Annual administration report of the Civil Veterinary Department of India - 1895-1896
Year: 1895
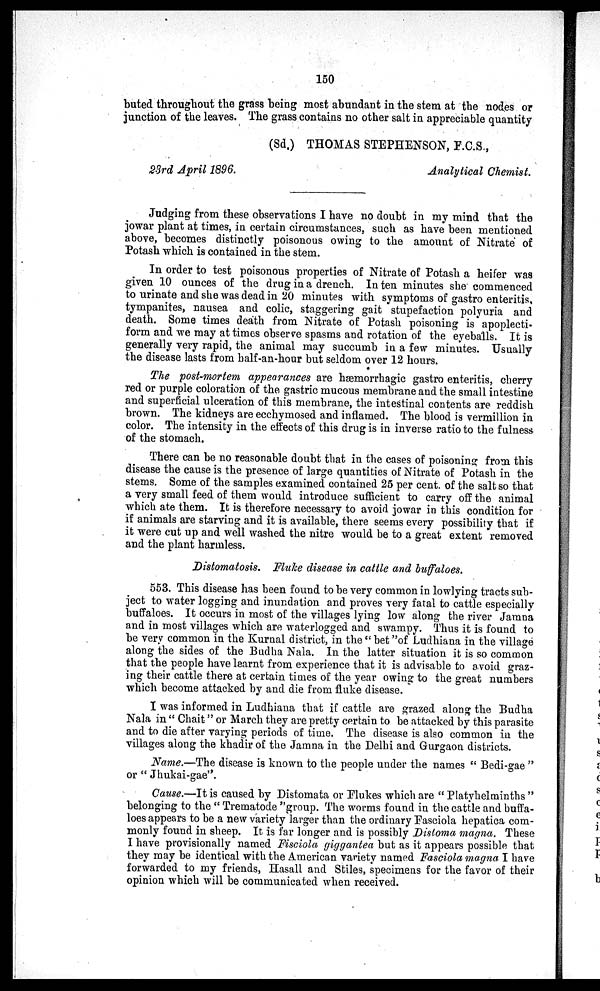
150
buted throughout the grass being most abundant in the stem at the nodes or
junction of the leaves. The grass contains no other salt in appreciable quantity
(Sd.) THOMAS STEPHENSON, F.C.S.,
23rd April 1896.
Analytical Chemist.
Judging from these observations I have no doubt in my mind that the
jowar plant at times, in certain circumstances, such as have been mentioned
above, becomes distinctly poisonous owing to the amount of Nitrate of
Potash which is contained in the stem.
In order to test poisonous properties of Nitrate of Potash a heifer was
given 10 ounces of the drug in a drench. In ten minutes she commenced
to urinate and she was dead in 20 minutes with symptoms of gastro enteritis,
tympanites, nausea and colic, staggering gait stupefaction polyuria and
death. Some times death from Nitrate of Potash poisoning is apoplecti-
form and we may at times observe spasms and rotation of the eyeballs. It is
generally very rapid, the animal may succumb in a few minutes. Usually
the disease lasts from half-an-hour but seldom over 12 hours.
The post-mortem appearances are hæmorrhagic gastro enteritis, cherry
red or purple coloration of the gastric mucous membrane and the small intestine
and superficial ulceration of this membrane, the intestinal contents are reddish
brown. The kidneys are ecchymosed and inflamed. The blood is vermillion in
color. The intensity in the effects of this drug is in inverse ratio to the fulness
of the stomach.
There can be no reasonable doubt that in the cases of poisoning from this
disease the cause is the presence of large quantities of Nitrate of Potash in the
stems. Some of the samples examined contained 25 per cent. of the salt so that
a very small feed of them would introduce sufficient to carry off the animal
which ate them. It is therefore necessary to avoid jowar in this condition for
if animals are starving and it is available, there seems every possibility that if
it were cut up and well washed the nitre would be to a great extent removed
and the plant harmless.
Distomatosis. Fluke disease in cattle and buffaloes.
553. This disease has been found to be very common in lowlying tracts sub-
ject to water logging and inundation and proves very fatal to cattle especially
buffaloes. It occurs in most of the villages lying low along the river Jamna
and in most villages which are waterlogged and swampy. Thus it is found to
be very common in the Kurnal district, in the "bet"of Ludhiana in the village
along the sides of the Budha Nala. In the latter situation it is so common
that the people have learnt from experience that it is advisable to avoid graz-
ing their cattle there at certain times of the year owing to the great numbers
which become attacked by and die from fluke disease.
I was informed in Ludhiana that if cattle are grazed along the Budha
Nala in "Chait" or March they are pretty certain to be attacked by this parasite
and to die after varying periods of time. The disease is also common in the
villages along the khadir of the Jamna in the Delhi and Gurgaon districts.
Name.—The disease is known to the people under the names "Bedi-gae"
or "Jhukai-gae".
Cause.—It is caused by Distomata or Flukes which are "Platyhelminths"
belonging to the "Trematode"group. The worms found in the cattle and buffa-
loes appears to be a new variety larger than the ordinary Fasciola hepatica com-
monly found in sheep. It is far longer and is possibly Distoma magna. These
I have provisionally named Fisciola giggantea but as it appears possible that
they may be identical with the American variety named Fasciola magna I have
forwarded to my friends, Hasall and Stiles, specimens for the favor of their
opinion which will be communicated when received.